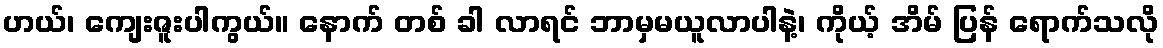
ဟယ်၊ ကျေးဇူးပါကွယ်။ နောက် တစ် ခါ လာရင် ဘာမှမယူလာပါနဲ့၊ ကိုယ့် အိမ် ပြန် ရောက်သလို